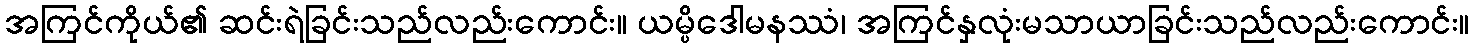
အကြင်ကိုယ်၏ ဆင်းရဲခြင်းသည်လည်းကောင်း။ ယမ္ပိဒေါမနဿံ၊ အကြင်နှလုံးမသာယာခြင်းသည်လည်းကောင်း။